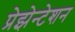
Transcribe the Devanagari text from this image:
प्रेझेन्टेशन